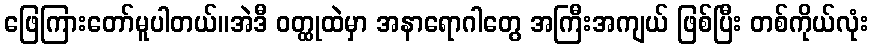
ဖြေကြားတော်မူပါတယ်။အဲဒီ ဝတ္ထုထဲမှာ အနာရောဂါတွေ အကြီးအကျယ် ဖြစ်ပြီး တစ်ကိုယ်လုံး